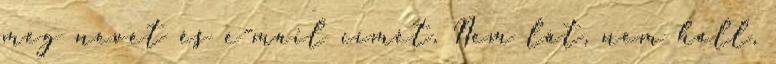
meg nevét és e-mail címét. Nem lát, nem hall,